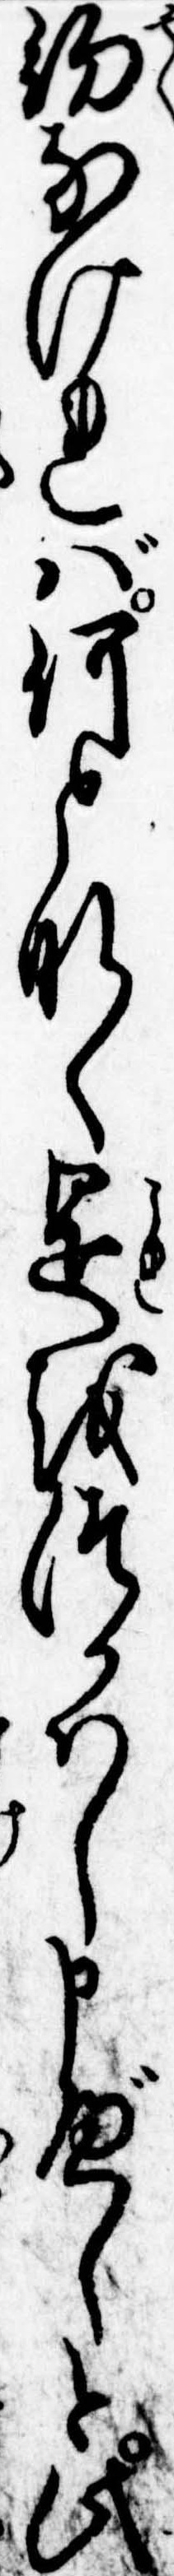
約なければ何となく是をつかはし申べしと此